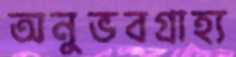
অনুভবগ্রাহ্য